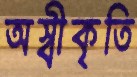
অস্বীকৃতি